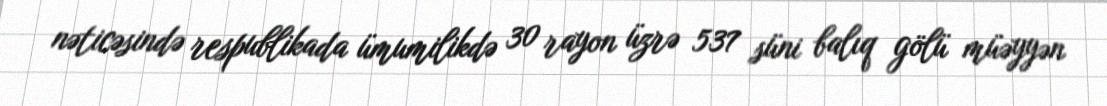
nəticəsində respublikada ümumilikdə 30 rayon üzrə 537 süni balıq gölü müəyyən